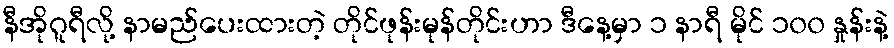
နီအိုဂူရီလို့ နာမည်ပေးထားတဲ့ တိုင်ဖုန်းမုန်တိုင်းဟာ ဒီနေ့မှာ ၁ နာရီ မိုင် ၁၀၀ နှုန်းနဲ့